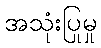
အသုံးပြုမှု